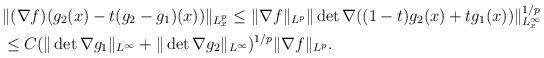
LaTeX: \begin{align*}&\| (\nabla f)(g_2(x)-t(g_2-g_1)(x)) \|_{L_x^p} \leq \| \nabla f \|_{L^p} \| \det \nabla ((1-t)g_2(x) + tg_1(x)) \|^{1\slash p}_{L_x^{\infty}} \\&\leq C( \| \det\nabla g_1 \|_{L^{\infty}} + \| \det\nabla g_2 \|_{L^{\infty}})^{1\slash p}\| \nabla f \|_{L^p}.\end{align*}